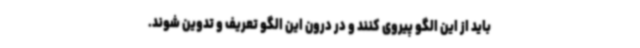
باید از این الگو پیروی کنند و در درون این الگو تعریف و تدوین شوند.